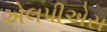
એલપીએસ